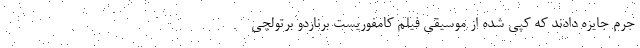
جرم جایزه دادند که کپی شده از موسیقی فیلم کامفوریست برناردو برتولچی